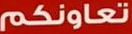
تعاونكم